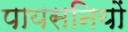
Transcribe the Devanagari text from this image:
पायसनियों